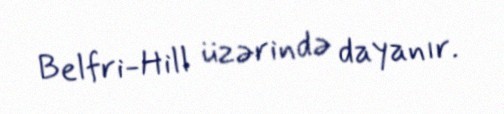
Belfri-Hill üzərində dayanır.